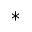
^ *